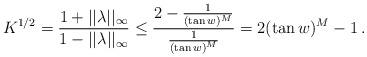
LaTeX: \begin{align*} K^{1/2}=\frac{1+||\lambda||_\infty}{1- ||\lambda||_\infty}\leq \frac{2-\frac{1}{(\tan w)^{M}}}{\frac{1}{(\tan w)^{M}}}=2(\tan w)^{M}-1\,.\end{align*}